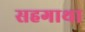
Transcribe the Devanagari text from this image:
सहगाथा